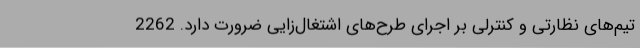
تیم‌های نظارتی و کنترلی بر اجرای طرح‌های اشتغال‌زایی ضرورت دارد. 2262